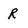
Character: R